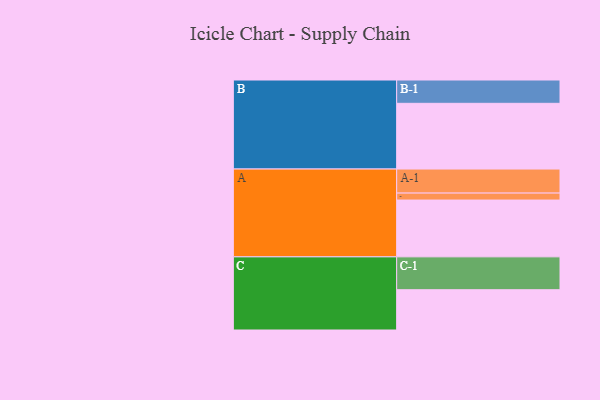
{"axis": {"x": "Segment", "y": "Value"}, "legend": ["", "A", "B", "C"], "data": [{"x": "A", "y": 465, "type": ""}, {"x": "B", "y": 538, "type": ""}, {"x": "C", "y": 330, "type": ""}, {"x": "A-1", "y": 197, "type": "A"}, {"x": "A-2", "y": 57, "type": "A"}, {"x": "B-1", "y": 191, "type": "B"}, {"x": "C-1", "y": 269, "type": "C"}]}